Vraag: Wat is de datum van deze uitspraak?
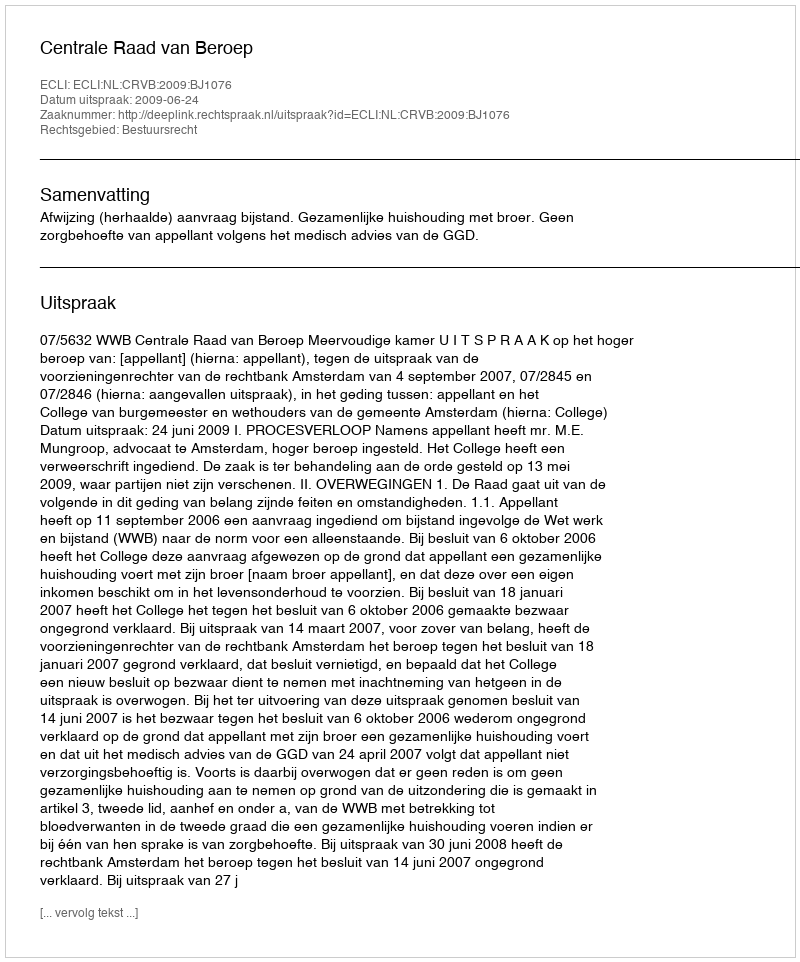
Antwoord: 2009-06-24